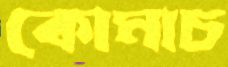
কোমাচ